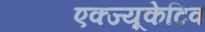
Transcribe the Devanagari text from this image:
एक्ज्यूकेटिव